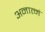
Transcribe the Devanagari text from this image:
अनात्मं